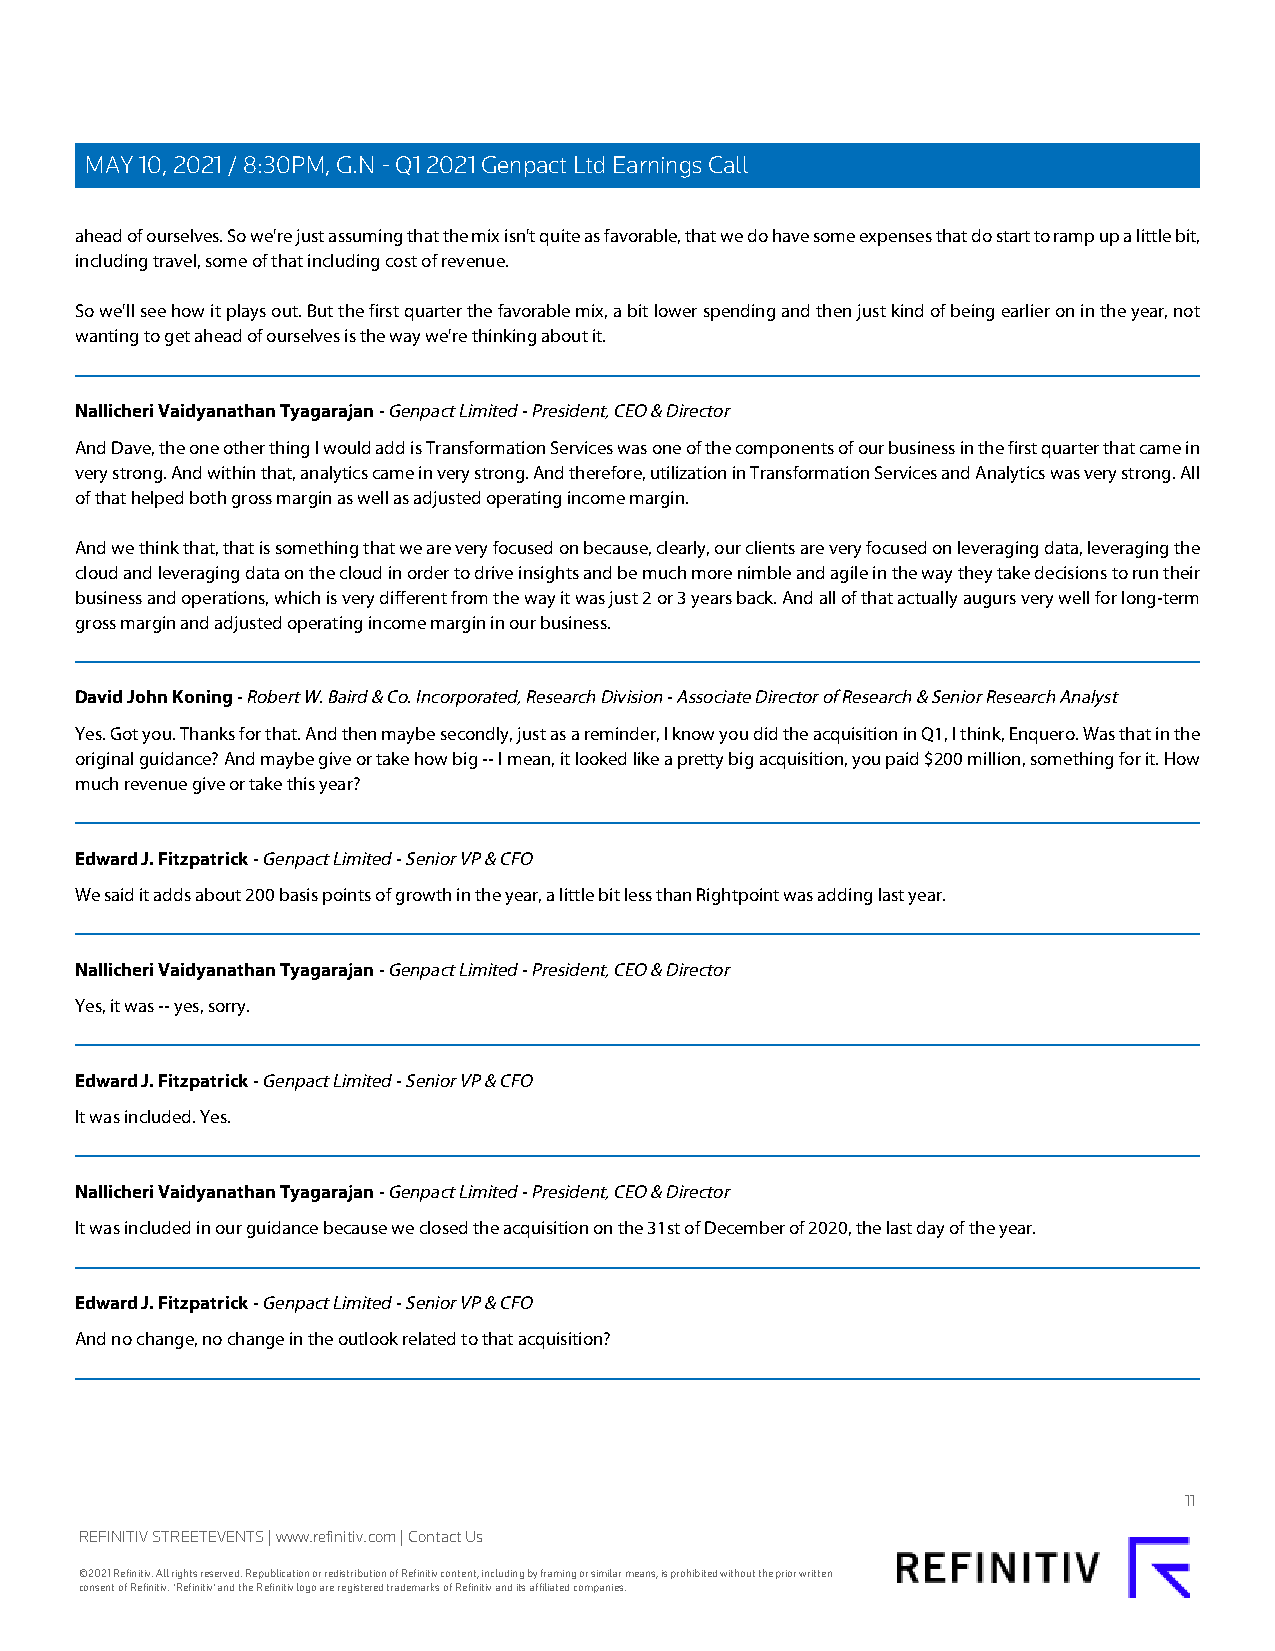
MAY 10, 2021 / 8:30PM, G.N - Q1 2021 Genpact Ltd Earnings Call
 ahead of ourselves. So we're just assuming that the mix isn't quite as favorable, that we do have some expenses that do start to ramp up a little bit,
 including travel, some of that including cost of revenue.
 So we'll see how it plays out. But the first quarter the favorable mix, a bit lower spending and then just kind of being earlier on in the year, not
 wanting to get ahead of ourselves is the way we're thinking about it.
 Nallicheri Vaidyanathan Tyagarajan - Genpact Limited - President, CEO & Director
 And Dave, the one other thing I would add is Transformation Services was one of the components of our business in the first quarter that came in
 very strong. And within that, analytics came in very strong. And therefore, utilization in Transformation Services and Analytics was very strong. All
 of that helped both gross margin as well as adjusted operating income margin.
 And we think that, that is something that we are very focused on because, clearly, our clients are very focused on leveraging data, leveraging the
 cloud and leveraging data on the cloud in order to drive insights and be much more nimble and agile in the way they take decisions to run their
 business and operations, which is very different from the way it was just 2 or 3 years back. And all of that actually augurs very well for long-term
 gross margin and adjusted operating income margin in our business.
 David John Koning - Robert W. Baird & Co. Incorporated, Research Division - Associate Director of Research & Senior Research Analyst
 Yes. Got you. Thanks for that. And then maybe secondly, just as a reminder, I know you did the acquisition in Q1, I think, Enquero. Was that in the
 original guidance? And maybe give or take how big -- I mean, it looked like a pretty big acquisition, you paid $200 million, something for it. How
 much revenue give or take this year?
 Edward J. Fitzpatrick - Genpact Limited - Senior VP & CFO
 We said it adds about 200 basis points of growth in the year, a little bit less than Rightpoint was adding last year.
 Nallicheri Vaidyanathan Tyagarajan - Genpact Limited - President, CEO & Director
 Yes, it was -- yes, sorry.
 Edward J. Fitzpatrick - Genpact Limited - Senior VP & CFO
 It was included. Yes.
 Nallicheri Vaidyanathan Tyagarajan - Genpact Limited - President, CEO & Director
 It was included in our guidance because we closed the acquisition on the 31st of December of 2020, the last day of the year.
 Edward J. Fitzpatrick - Genpact Limited - Senior VP & CFO
 And no change, no change in the outlook related to that acquisition?
 11
 REFINITIV STREETEVENTS | www.refinitiv.com | Contact Us
 ©2021 Refinitiv. All rights reserved. Republication or redistribution of Refinitiv content, including by framing or similar means, is prohibited without the prior written
 consent of Refinitiv. 'Refinitiv' and the Refinitiv logo are registered trademarks of Refinitiv and its affiliated companies.